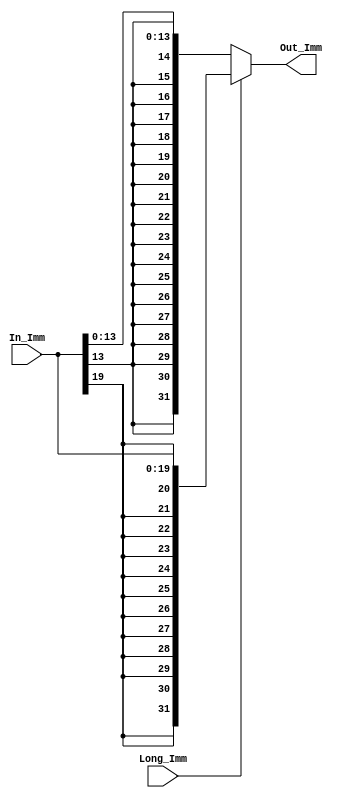
module Extend_Imm (
	input signed [19:0] In_Imm,
	input Long_Imm,
	output reg signed [31:0] Out_Imm
);

always @ (In_Imm or Long_Imm)
begin
	if (Long_Imm)
	begin
		Out_Imm <= {{12{In_Imm[19]}},In_Imm};
	end else
	begin
		Out_Imm <= {{18{In_Imm[13]}},In_Imm[13:0]};
	end
end

endmodule